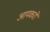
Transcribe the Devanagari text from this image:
आयकरों